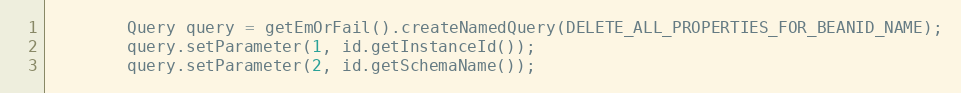
Language: Java
        Query query = getEmOrFail().createNamedQuery(DELETE_ALL_PROPERTIES_FOR_BEANID_NAME);
        query.setParameter(1, id.getInstanceId());
        query.setParameter(2, id.getSchemaName());